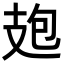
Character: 𭣘